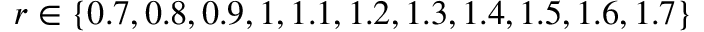
r \in \{ 0 . 7 , 0 . 8 , 0 . 9 , 1 , 1 . 1 , 1 . 2 , 1 . 3 , 1 . 4 , 1 . 5 , 1 . 6 , 1 . 7 \}